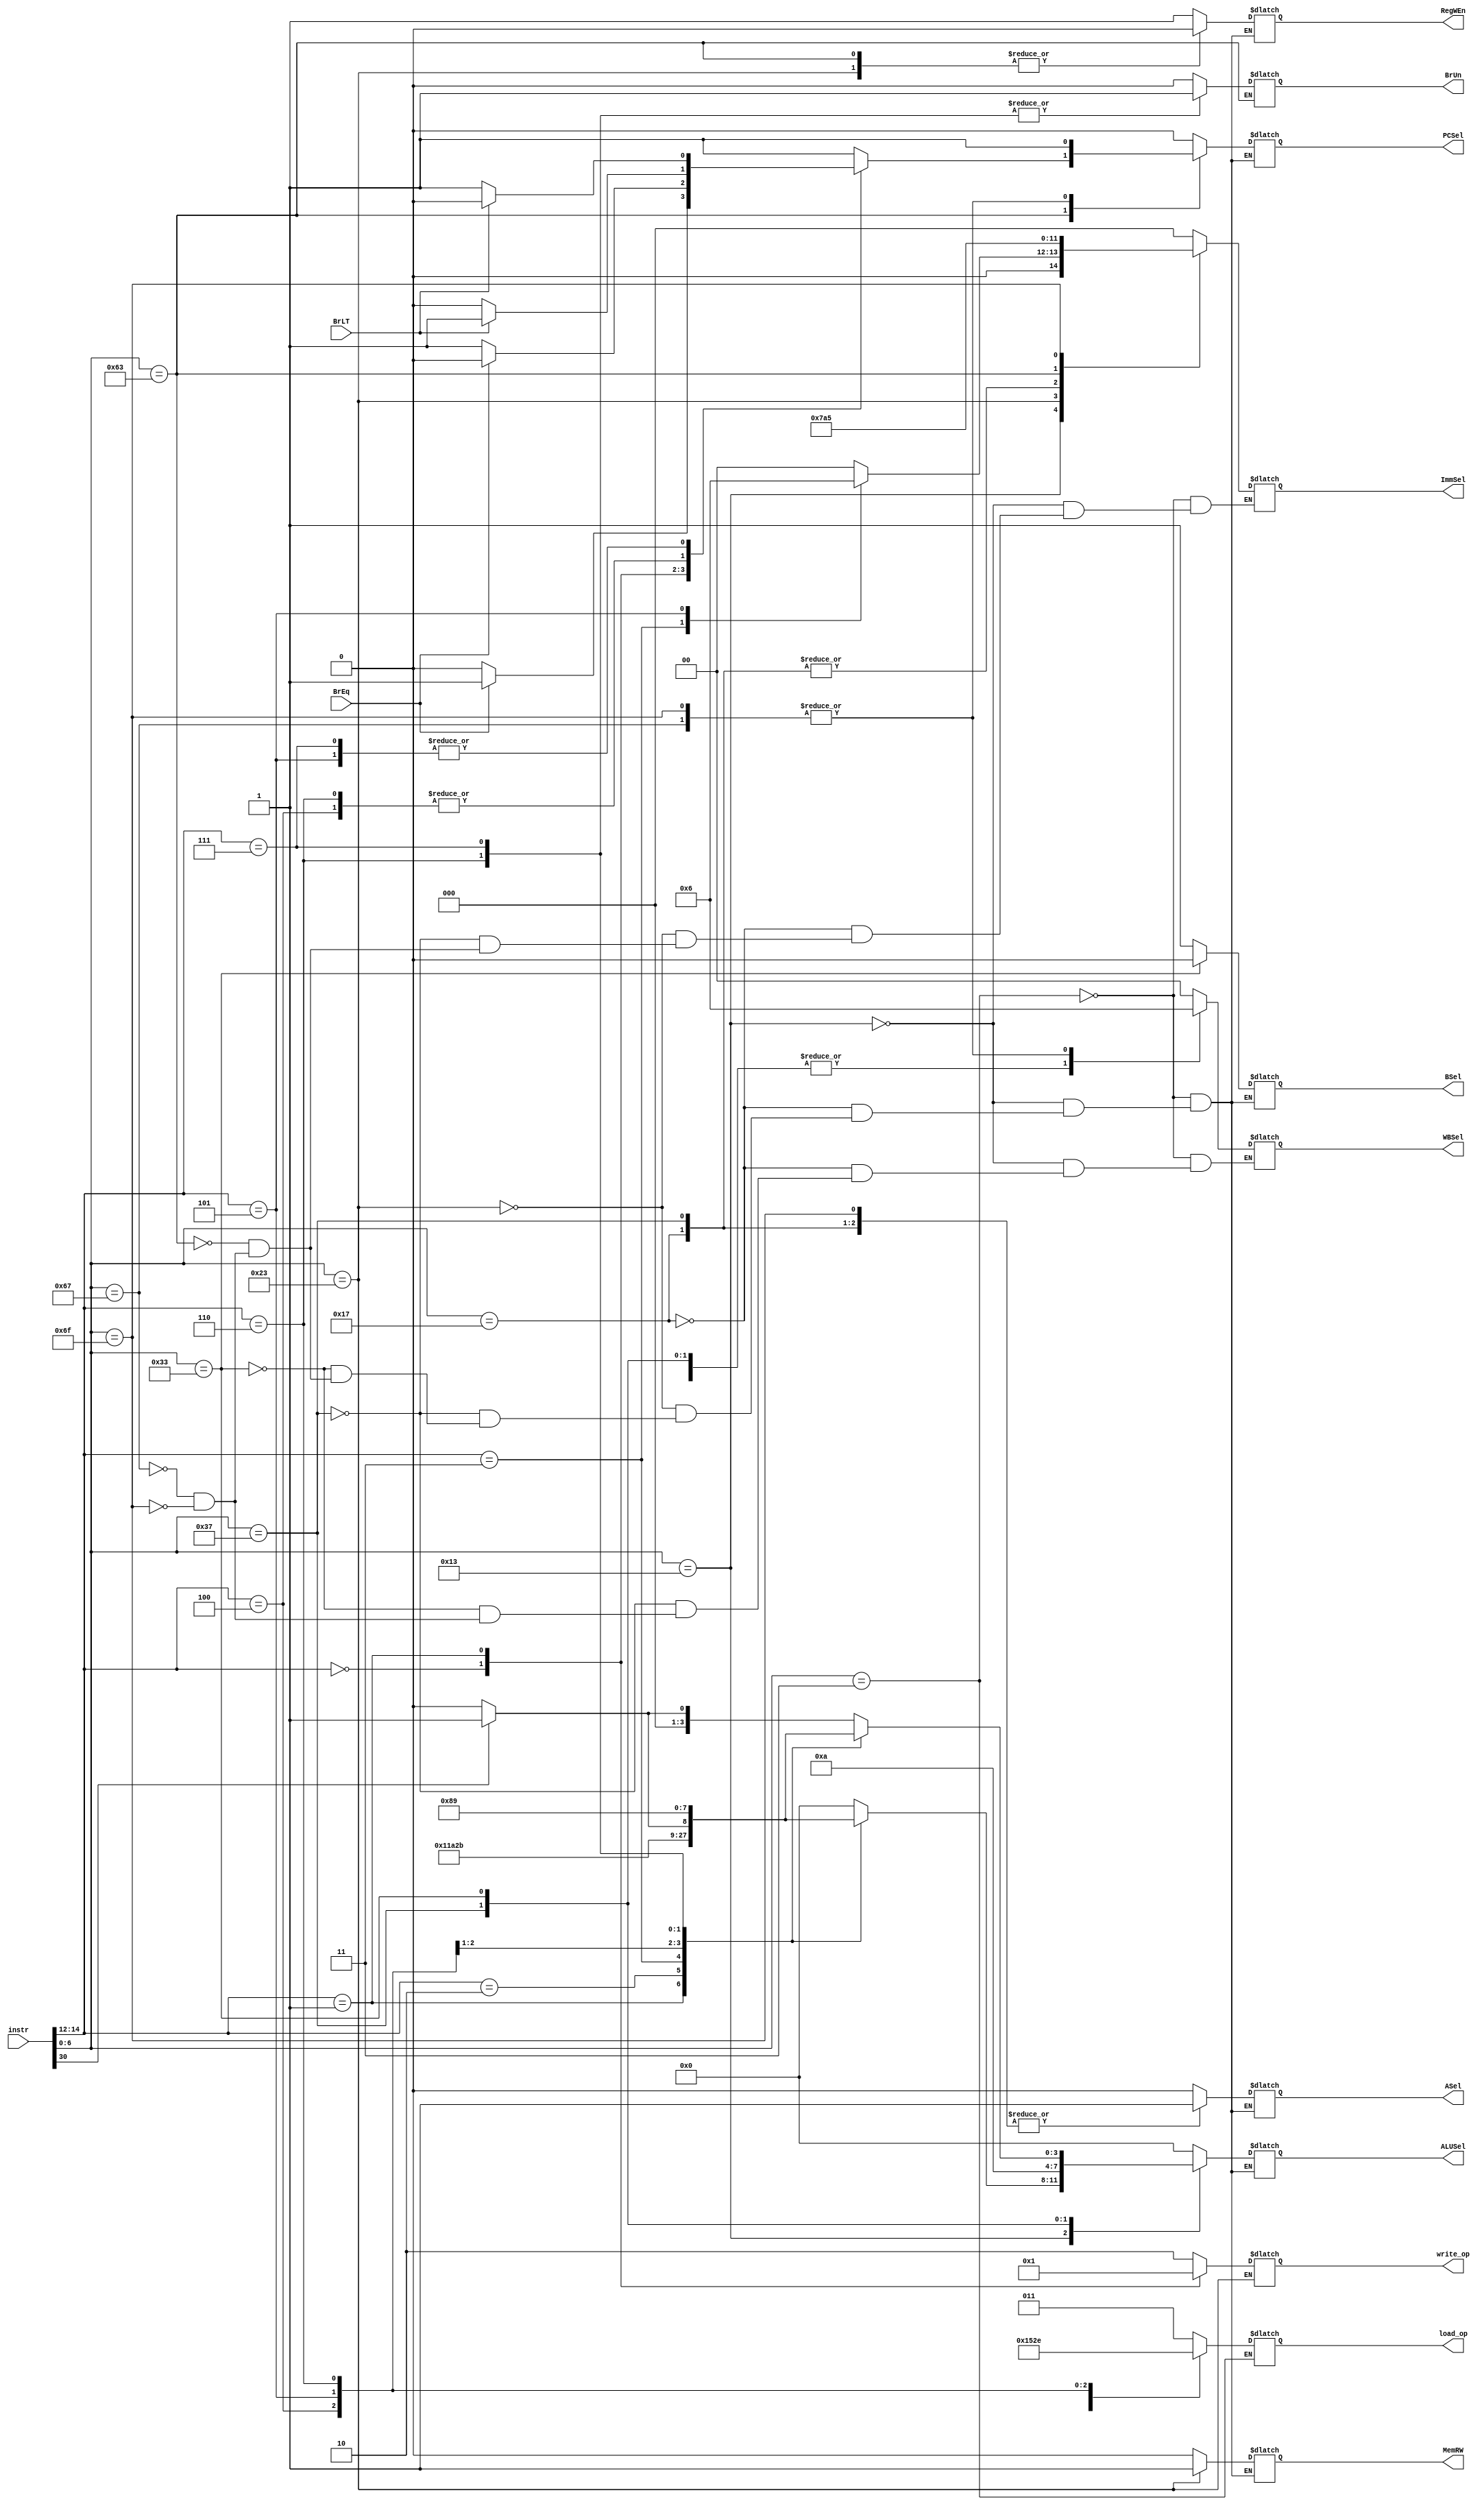
module controller(
        input[31:0] instr,
        input BrEq,
        input BrLT,

        output reg PCSel,
        output reg RegWEn,
        output reg BSel,
        output reg[1:0] WBSel,
        output reg MemRW,
        output reg ASel,
        output reg BrUn,
        output reg [2:0] ImmSel,
        output reg [3:0] ALUSel,
        output reg [2:0] load_op,
        output reg [1:0] write_op
        );

wire[6:0] opcode;
wire[2:0] fuct3;
wire[6:0] fuct7;

//assign PCSel=0;
//assign RegWEn=1;

assign opcode=instr[6:0];
assign fuct3=instr[14:12];
assign fuct7=instr[31:25];

always @(*) begin
    case(opcode)
        
        'h03://i type load 
            begin
                WBSel=0;//memory source
                RegWEn=1;
                BSel=1;
                PCSel=0;
                ImmSel=0;//imm gen
                ALUSel=0;//alu (imm+RS1)
                MemRW=0;
                ASel=0;

                case(fuct3)
                    0:load_op=0;
                    1:load_op=1;
                    2:load_op=2;
                    3:load_op=3;
                    4:load_op=4;
                    5:load_op=5;
                    6:load_op=6;
                    default:load_op=3;
                endcase    
            end

        'h13: //itype arithmatic
            begin
                WBSel=1;//alu source
                BSel=1;
                RegWEn=1;
                PCSel=0;
                ImmSel=0;
                MemRW=0;
                ASel=0;

                case(fuct3)
                0:ALUSel=0;
                1:ALUSel=2;
                2:ALUSel=3;
                3:begin ALUSel=4; ImmSel=1;end
                4:ALUSel=5;
                5:begin ALUSel=fuct7[5]?7:6;ImmSel=2; end
                6:ALUSel=8;
                7:ALUSel=9;
                endcase    
            end
        'h17:
            begin
                WBSel=1;//alu out
                BSel=1;
                RegWEn=1;
                PCSel=0;
                ALUSel=0;//alu (imm+pc)
                ImmSel=6;
                MemRW=0;
                ASel=1;
                $display("@%d,AUIPC",$time);
            end
        
        'h23://save SB
            begin
                RegWEn=0;
                BSel=1;
                PCSel=0;
                ImmSel=3;//imm gen
                ALUSel=0;//alu (imm+RS1)
                MemRW=1;
                ASel=0;

                case(fuct3)
                0:write_op=0;
                1:write_op=1;
                2:write_op=2;
                default:write_op=2;
                endcase

            end
        'h37:
            begin
                WBSel=1;//alu out
                BSel=1;
                RegWEn=1;
                PCSel=0;
                ALUSel=10;//alu (imm)
                ImmSel=6;
                MemRW=0;
                ASel=1;
                $display("@%d,LUI",$time);
                
            end

        'h33://rtype aritmatic
            begin
                WBSel=1;//alu source
                BSel=0;
                RegWEn=1;
                PCSel=0;
                MemRW=0;
                ASel=0;

                case(fuct3)
                0:ALUSel=fuct7[5]?1:0;
                1:ALUSel=2;
                2:ALUSel=3;
                3:ALUSel=4;
                4:ALUSel=5;
                5:ALUSel=fuct7[5]?7:6;
                6:ALUSel=8;
                7:ALUSel=9;
                endcase
            end


        'h63:
            begin
                RegWEn=0;
                BSel=1;
                PCSel=1;
                ImmSel=4;//imm gen
                ALUSel=0;//alu (PC+ imm)
                MemRW=0;
                ASel=1;
                BrUn=0;
                case (fuct3)
                    0: PCSel=BrEq?1:0;
                    1: PCSel=!BrEq?1:0;
                    4: PCSel=BrLT?1:0;
                    5: PCSel=!BrLT?1:0;
                    6: begin BrUn=1; PCSel=BrLT?1:0; end
                    7: begin BrUn=1; PCSel=!BrLT?1:0; end
                endcase
                
            end
        
        'h67:
            begin
                WBSel=2;//pc + 4
                BSel=1;
                RegWEn=1;
                PCSel=1;
                ALUSel=0;//alu (RS1+ imm)
                ImmSel=0;
                MemRW=0;
                ASel=0;
                $display("Jalr");
            end
        'h6F:
            begin
                WBSel=2;//pc + 4
                BSel=1;
                RegWEn=1;
                PCSel=1;
                ALUSel=0;//alu (RS1+ imm)
                ImmSel=5;
                MemRW=0;
                ASel=1;
                $display("@%d Jal",$time);
            end

            default: $display("Unkonwn Instruction");
        
    endcase
    
end

endmodule